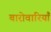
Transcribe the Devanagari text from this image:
बारोवारियाँ